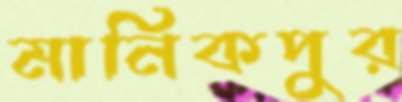
মানিকপুর